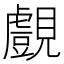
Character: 覻